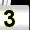
Digit: 3